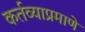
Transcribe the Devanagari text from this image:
कर्तव्याप्रमाणे